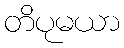
တိပုမယာ